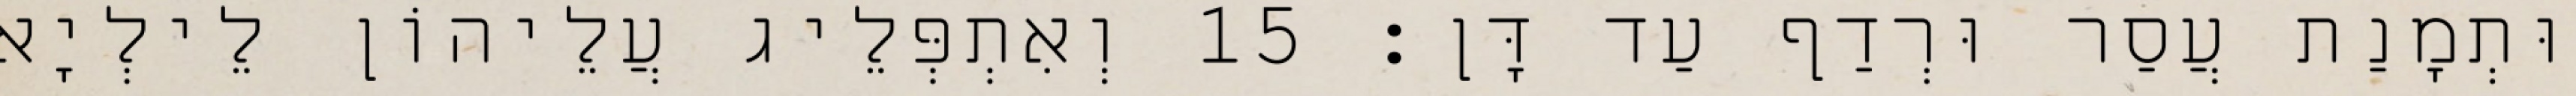
וּתְמָנַת עֲסַר וּרְדַף עַד דָּן׃ 15 וְאִתְפְּלֵיג עֲלֵיהוֹן לֵילְיָא